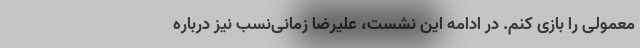
معمولی را بازی کنم. در ادامه این نشست، علیرضا زمانی‌نسب نیز درباره